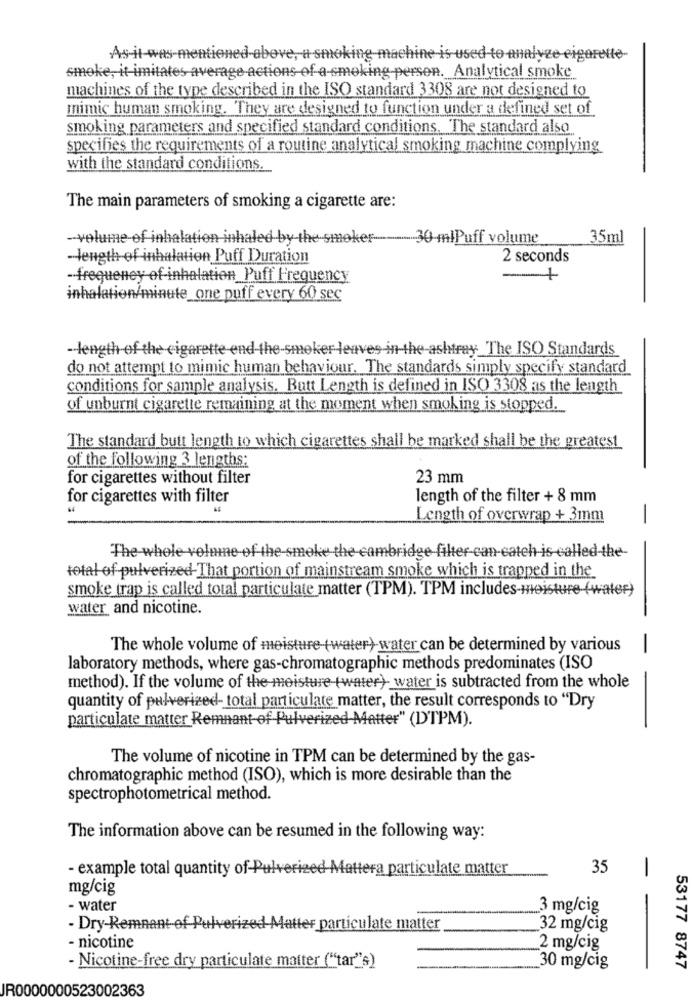
As it was mentioned above, a smoking machine is used to analyze cigarette-
smoke, it imitates average actions of a smoking person. Analytical smoke
machines of the type described in the ISO standard 3308 are not designed to
mimic human smoking. They are designed to function under a defined set of
smoking parameters and specified standard conditions. The standard also
specifies the requirements of a routine analytical smoking machine complying
with the standard conditions.
The main parameters of smoking a cigarette are:
-volume of inhalation inhaled by-the-smoker-
-- 30-mlPuff volume
35ml
-length of inhalation Puff Duration
2 seconds
frequency of inhalation Puff Frequency
inhalation/minute_one puff every 60 sec
- length of the cigarette end-the-smoker leaves -in-the-ashtray The ISO Standards
do not attempt to mimic human behaviour. The standards simply specify standard
conditions for sample analysis. Butt Length is defined in ISO 3308 as the length
of unburnt cigarette remaining at the moment when smoking is stopped.
The standard butt length to which cigarettes shall be marked shall be the greatest
of the following 3 lengths:
for cigarettes without filter
23 mm
for cigarettes with filter
length of the filter + 8 mm
Length of overwrap + 3mm
-
The whole volume of the smoke the cambridge filter-can-eateh is called-the-
total of pulverized That portion of mainstream smoke which is trapped in the
smoke trap is called total particulate matter (TPM). TPM includes-moisture-(water)
water and nicotine.
The whole volume of moisture (water) water can be determined by various
-
laboratory methods, where gas-chromatographic methods predominates (ISO
method). If the volume of the moisture (water) water is subtracted from the whole
quantity of pulverized- total particulate matter, the result corresponds to "Dry
particulate matter Remnant-of Pulverized-Matter" (DTPM).
The volume of nicotine in TPM can be determined by the gas-
chromatographic method (ISO), which is more desirable than the
spectrophotometrical method.
The information above can be resumed in the following way:
- example total quantity of-Pulveri
ra particulate matter
35
-
mg/cig
- water
3 mg/cig
- Dry-Remnant-e
Matter particulate matter
32 mg/cig
- nicotine
2 mg/cig
- Nicotine-free dry particulate matter ("tar""s)
30 mg/cig
53177 8747
JR0000000523002363